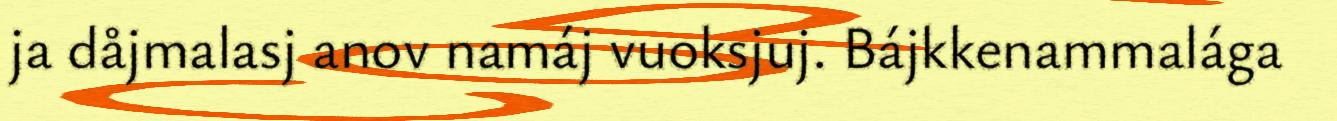
ja dåjmalasj anov namáj vuoksjuj. Bájkkenammalága